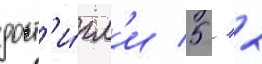
дост'и́гл'и 5 / 2